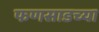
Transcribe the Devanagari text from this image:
फणसाडच्या